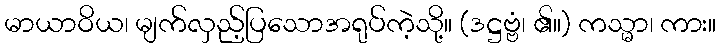
မာယာဝိယ၊ မျက်လှည့်ပြသောအရုပ်ကဲ့သို့။ (ဒဋ္ဌဗ္ဗံ၊ ၏။) ကသ္မာ၊ ကား။